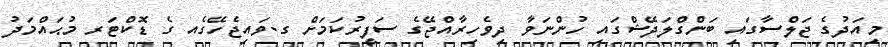
މިއަދުގެ ޖަލްސާގައި ބަންގްލަދޭޝްގައި ހުންނަވާ ދިވެހިރާއްޖޭގެ ސަފީރުކަމަށް ގ.ވައިޖެހޭގެއ ގެ ޑޮކްޓަރ މުޙައްމަދު